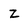
Character: z